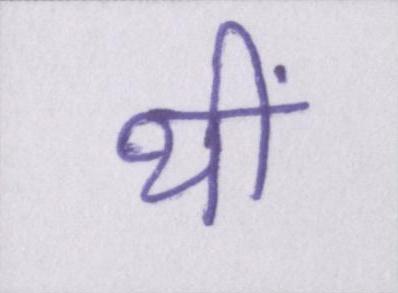
थीं